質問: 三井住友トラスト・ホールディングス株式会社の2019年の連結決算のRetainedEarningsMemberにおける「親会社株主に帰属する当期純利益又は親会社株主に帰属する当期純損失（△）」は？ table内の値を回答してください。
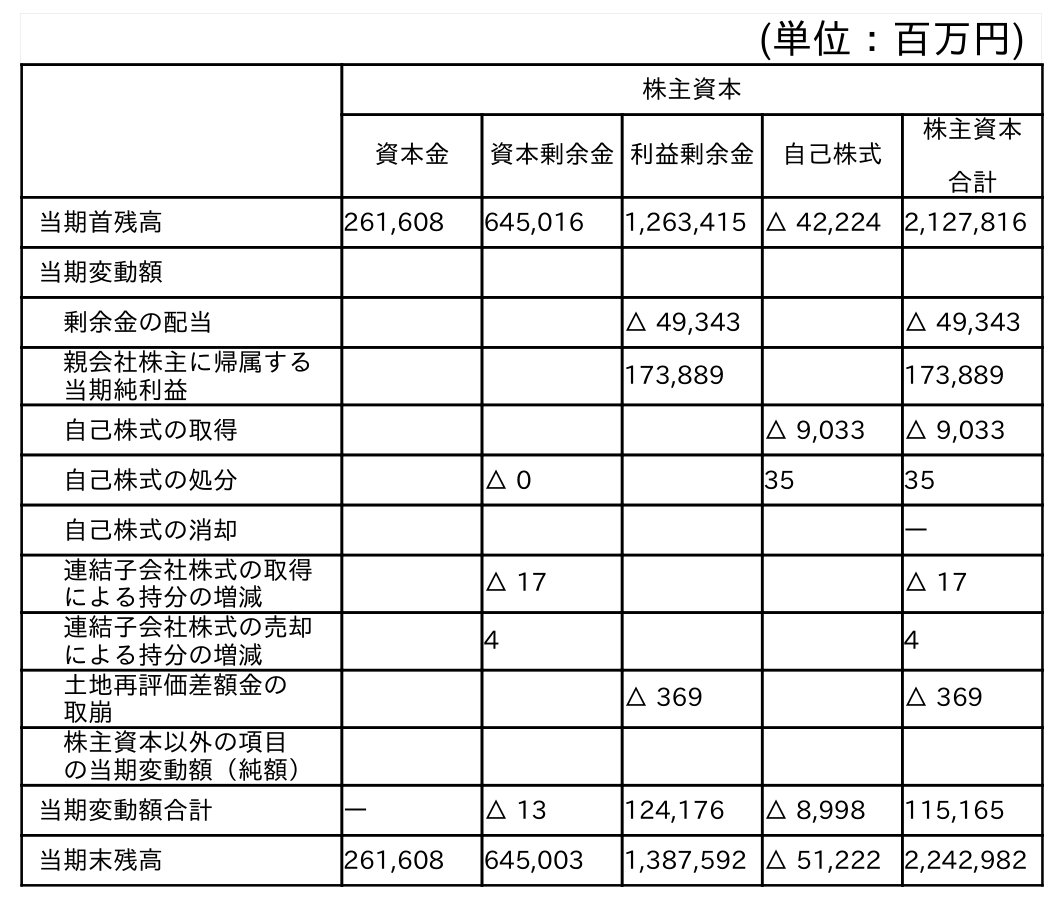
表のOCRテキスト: (単位：百万円) 株主資本 資本金 資本剰余金利益剰余金 自己株式 株主資本 合計 当期首残高 261,608 645,016 1,263,415 △ 42,224 2,127,816 当期変動額 剰余金の配当 △ 49,343 △ 49,343 親会社株主に帰属する 当期純利益 173,889 173,889 自己株式の取得 △ 9,033 △ 9,033 自己株式の処分 △ 0 35 35 自己株式の消却 ― 連結子会社株式の取得 による持分の増減 △ 17 △ 17 連結子会社株式の売却 による持分の増減 4 4 土地再評価差額金の 取崩 △ 369 △ 369 株主資本以外の項目 の当期変動額（純額） 当期変動額合計 ― △ 13 124,176 △ 8,998 115,165 当期末残高 261,608 645,003 1,387,592 △ 51,222 2,242,982
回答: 173,889